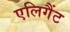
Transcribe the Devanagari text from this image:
एलिगैंट